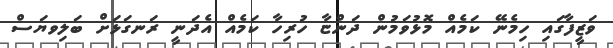
ވަޒީފާގައި ހިމެނޭ ކަމެއް މޮޅުވަމުން ދަންޏާ ހުރިހާ ކަމެއް އެދަނީ ރަނގަޅަށް ބަލިވޔަސް